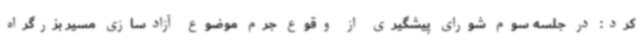
کرد: در جلسه سوم شورای پیشگیری از وقوع جرم موضوع آزادسازی مسیر بزرگراه